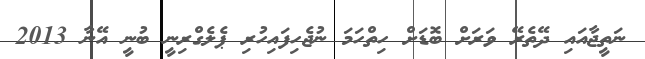
ނަތީޖާއައި ދޭތެރޭ ވަރަށް ބޮޑަށް ހިތްހަމަ ނުޖެހިފައިހުރި ޕެލެގްރިނީ ބުނީ އޭނާ 2013